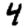
Digit: 4